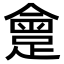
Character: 𨂮